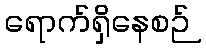
ရောက်ရှိနေစဉ်